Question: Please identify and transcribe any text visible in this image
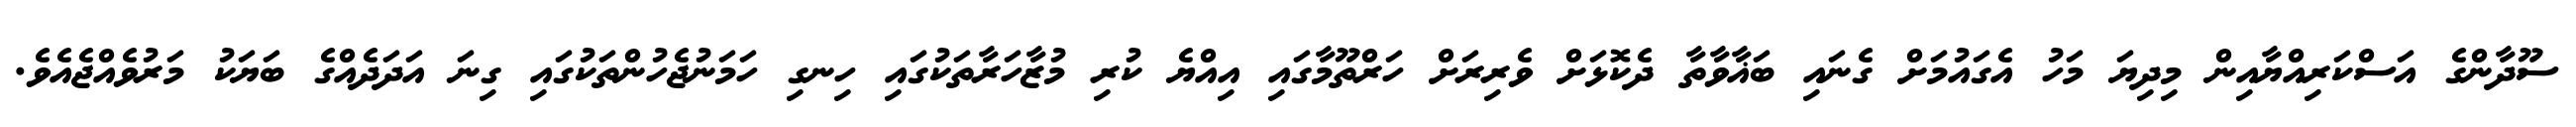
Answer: ސޫދާންގެ އަސްކަރިއްޔާއިން މިދިޔަ މަހު އެގައުމަށް ގެނައި ބަޣާވާތާ ދެކޮޅަށް ވެރިރަށް ހަރްތޫމާގައި އިއްޔެ ކުރި މުޒާހަރާތަކުގައި ހިނގި ހަމަނުޖެހުންތަކުގައި ގިނަ އަދަދެއްގެ ބަޔަކު މަރުވެއްޖެއެވެ.